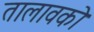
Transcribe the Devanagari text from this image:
तालावको